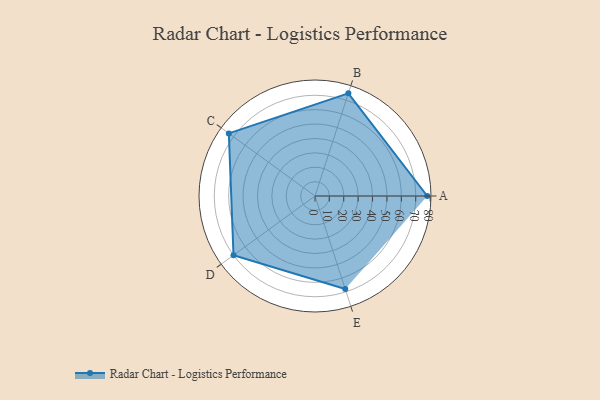
{"axis": {"x": "Skill", "y": "Score"}, "legend": ["Profile"], "data": [{"x": "A", "y": 78.0, "type": "Profile"}, {"x": "B", "y": 75.0, "type": "Profile"}, {"x": "C", "y": 74.0, "type": "Profile"}, {"x": "D", "y": 70.0, "type": "Profile"}, {"x": "E", "y": 68.0, "type": "Profile"}]}